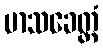
မာသခေတ္တံ